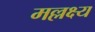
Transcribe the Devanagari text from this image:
मल्लक्ष्य